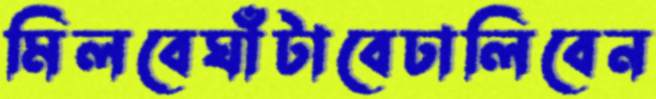
মিলবেঘাঁটাবেঢালিবেন